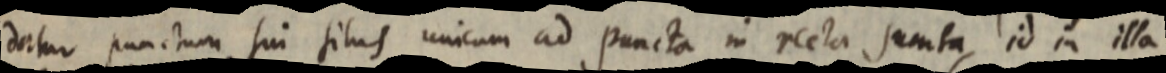
datur punctum sui situs unicum ad puncta in recta sumta, id in illa